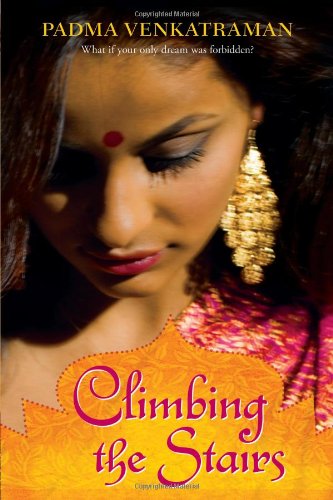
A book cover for Climbing the Stairs; Padma Venkatraman; Teen & Young Adult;